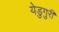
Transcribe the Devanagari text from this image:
येडुगुरी